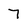
Character: 7